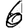
Digit: 6